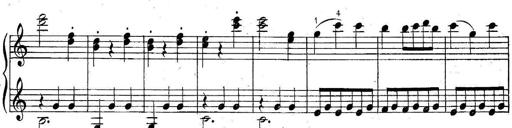
Title: 6 Easy Sonatinas
Composer: Carl Czerny